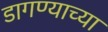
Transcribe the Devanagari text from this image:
डागण्याच्या